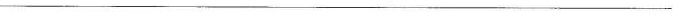
___